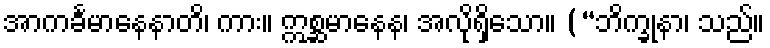
အာကင်္ခမာနေနာတိ၊ ကား။ ဣစ္ဆမာနေန၊ အလိုရှိသော။ (“ဘိက္ခုနာ၊ သည်။